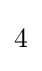
{\begin{matrix}4\end{matrix}}